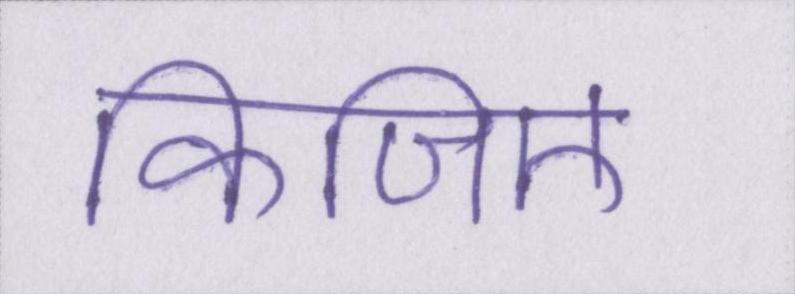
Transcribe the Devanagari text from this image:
किजिए